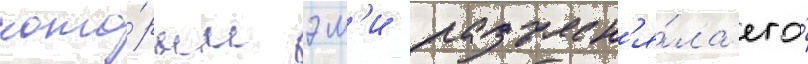
кото́рым эм'и разъясн'я́ла его́